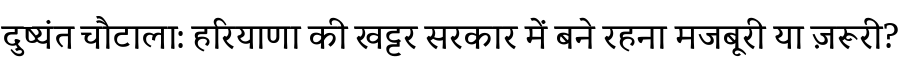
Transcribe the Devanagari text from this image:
दुष्यंत चौटाला: हरियाणा की खट्टर सरकार में बने रहना मजबूरी या ज़रूरी?